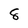
Character: 8